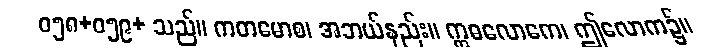
ဝ၅၈+၀၅၉+ သည်။ ကတမောစ၊ အဘယ်နည်း။ ဣဓလောကေ၊ ဤလောက၌။